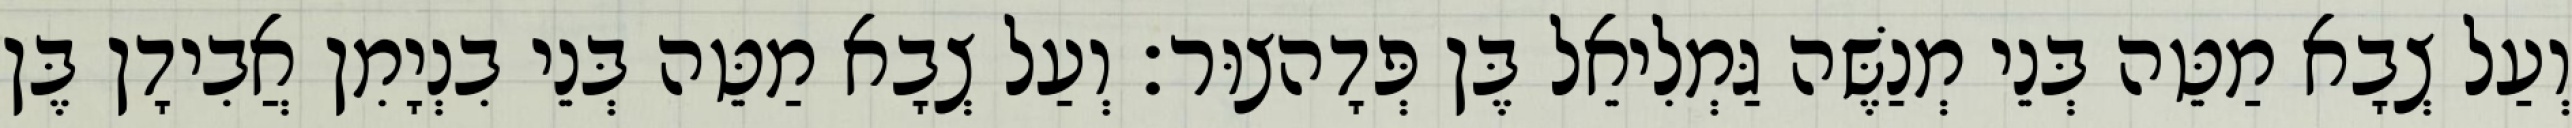
וְעַל צְבָא מַטֵּה בְּנֵי מְנַשֶּׁה גַּמְלִיאֵל בֶּן פְּדָהצוּר׃ וְעַל צְבָא מַטֵּה בְּנֵי בִנְיָמִן אֲבִידָן בֶּן